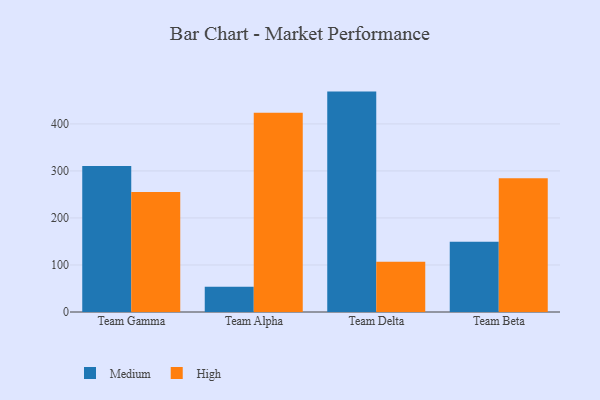
{"axis": {"x": "Team", "y": "Energy Usage (MWh)"}, "legend": ["High", "Medium"], "data": [{"x": "Team Gamma", "y": 310.3, "type": "Medium"}, {"x": "Team Gamma", "y": 255.2, "type": "High"}, {"x": "Team Alpha", "y": 53.5, "type": "Medium"}, {"x": "Team Alpha", "y": 423.7, "type": "High"}, {"x": "Team Delta", "y": 468.7, "type": "Medium"}, {"x": "Team Delta", "y": 106.7, "type": "High"}, {"x": "Team Beta", "y": 149.5, "type": "Medium"}, {"x": "Team Beta", "y": 284.4, "type": "High"}]}